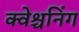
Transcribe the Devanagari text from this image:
क्वेश्चनिंग